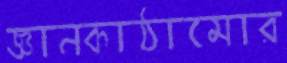
জ্ঞানকাঠামোর